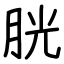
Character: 胱